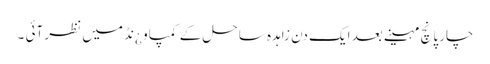
چار پانچ مہینے بعد ایک دن زاہدہ ساحل کے کمپاو ¿نڈ میں نظر آئی ۔